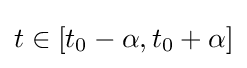
t\in [t_{0}-\alpha ,t_{0}+\alpha ]